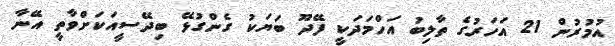
އުމުރުން 21 އަހަރުގެ ތާލިބު އަހްމަދަކީ ފޭދޫ ބަޔަކު ގެންގުޅޭ ބިދޭސީއަކަށްވާތީ އޭނާ